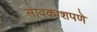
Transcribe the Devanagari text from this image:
सावकाशपणे